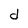
Character: d